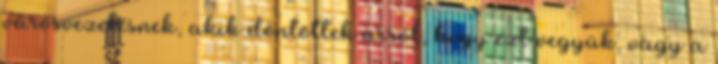
városvezetésnek, akik döntöttek arról, hogy ezt vegyük, vagy a